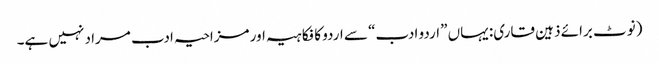
(نوٹ برائے ذہین قاری: یہاں ”اردو ادب“ سے اردو کا فکاہیہ اور مزاحیہ ادب مراد نہیں ہے۔